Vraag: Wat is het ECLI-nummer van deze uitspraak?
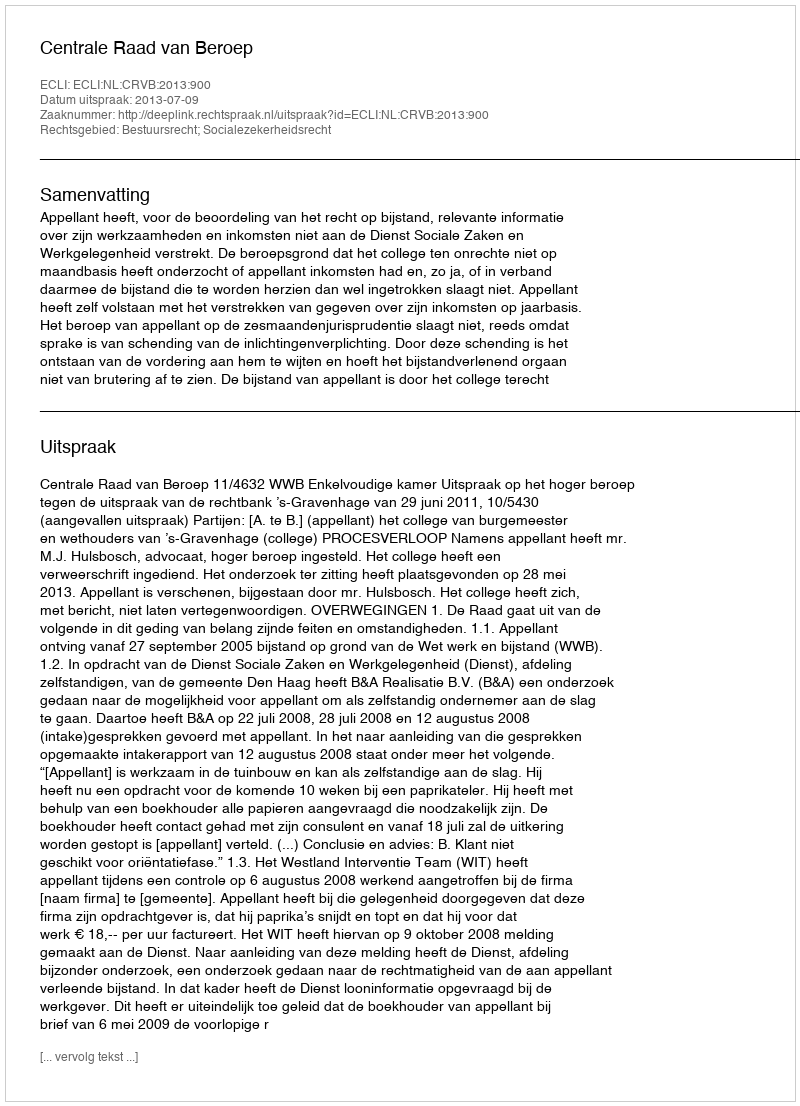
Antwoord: ECLI:NL:CRVB:2013:900